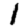
Digit: 1